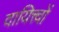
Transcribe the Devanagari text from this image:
दायित्त्वों